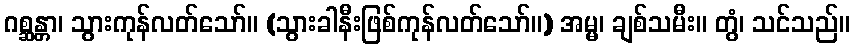
ဂစ္ဆန္တာ၊ သွားကုန်လတ်သော်။ (သွားခါနီးဖြစ်ကုန်လတ်သော်။) အမ္မ၊ ချစ်သမီး။ တွံ၊ သင်သည်။